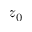
z _ { 0 }